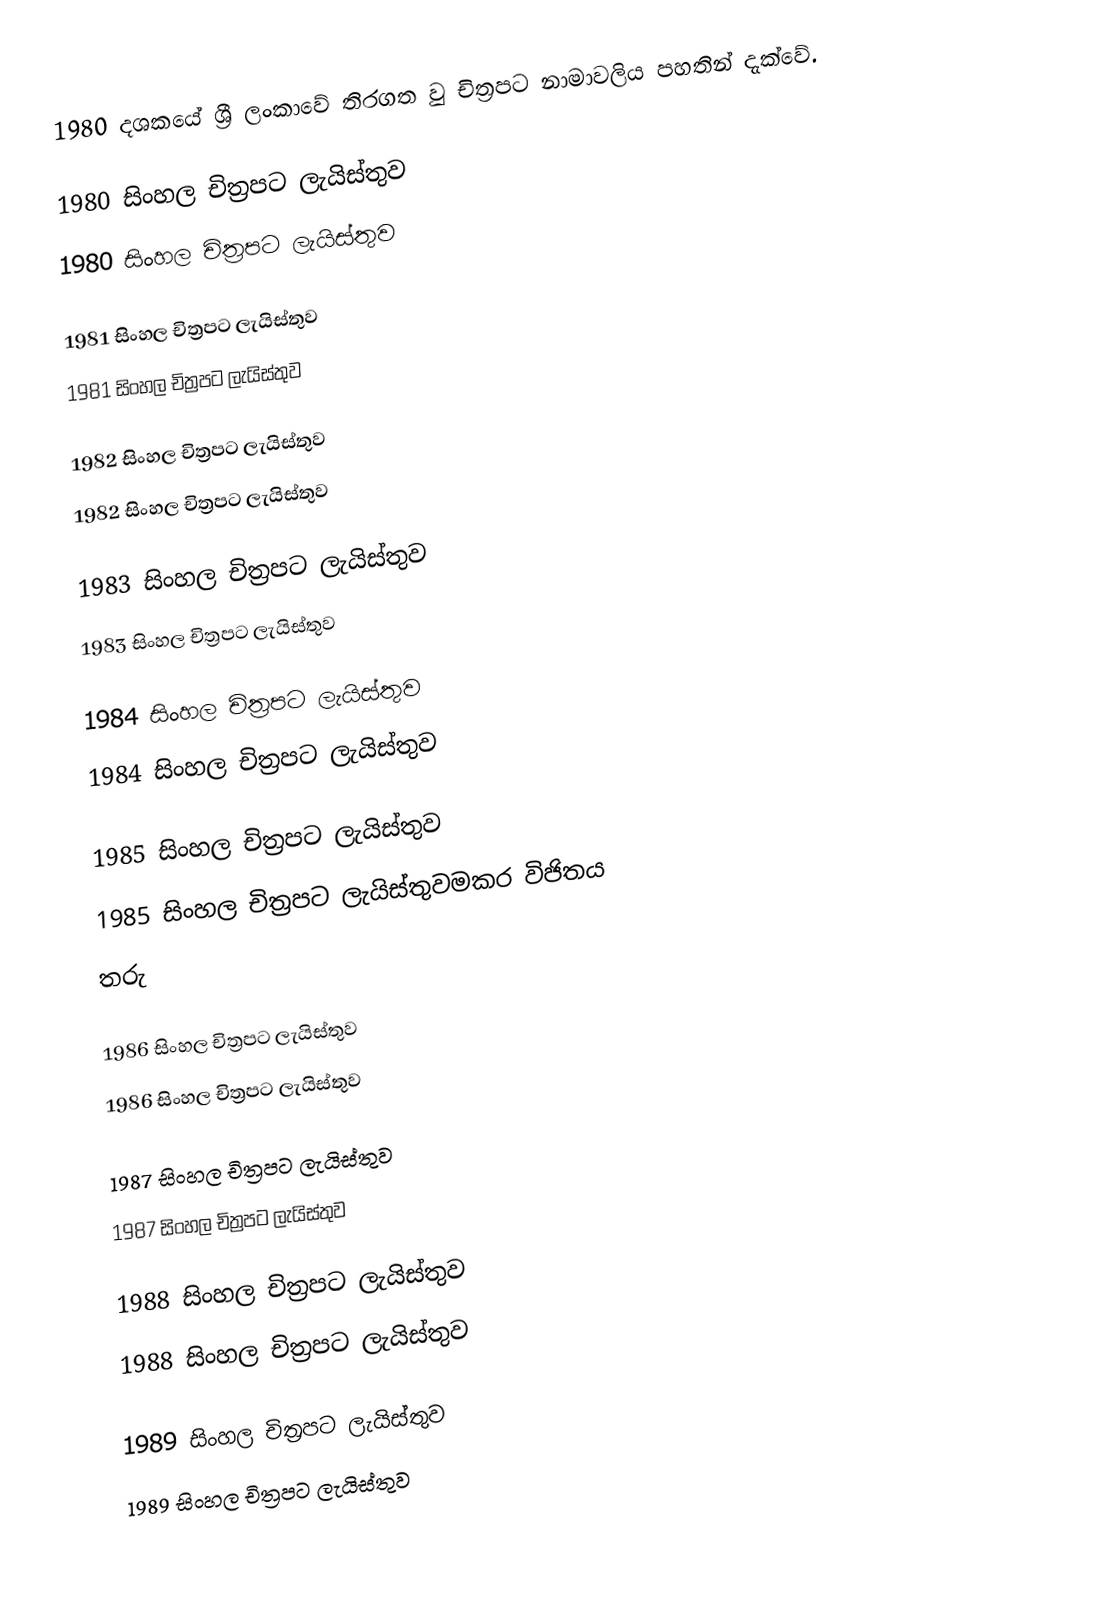
1980 දශකයේ ශ්‍රී ලංකාවේ තිරගත වු චිත්‍රපට නාමාවලිය පහතින් දැක්වේ.

1980 සිංහල චිත්‍රපට ලැයිස්තුව
1980 සිංහල චිත්‍රපට ලැයිස්තුව

1981 සිංහල චිත්‍රපට ලැයිස්තුව
1981 සිංහල චිත්‍රපට ලැයිස්තුව

1982 සිංහල චිත්‍රපට ලැයිස්තුව
1982 සිංහල චිත්‍රපට ලැයිස්තුව

1983 සිංහල චිත්‍රපට ලැයිස්තුව
1983 සිංහල චිත්‍රපට ලැයිස්තුව

1984 සිංහල චිත්‍රපට ලැයිස්තුව
1984 සිංහල චිත්‍රපට ලැයිස්තුව

1985 සිංහල චිත්‍රපට ලැයිස්තුව
1985 සිංහල චිත්‍රපට ලැයිස්තුවමකර විජිතය
තරු

1986 සිංහල චිත්‍රපට ලැයිස්තුව
1986 සිංහල චිත්‍රපට ලැයිස්තුව

1987 සිංහල චිත්‍රපට ලැයිස්තුව
1987 සිංහල චිත්‍රපට ලැයිස්තුව

1988 සිංහල චිත්‍රපට ලැයිස්තුව
1988 සිංහල චිත්‍රපට ලැයිස්තුව

1989 සිංහල චිත්‍රපට ලැයිස්තුව
1989 සිංහල චිත්‍රපට ලැයිස්තුව